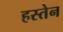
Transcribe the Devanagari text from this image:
हस्तेन